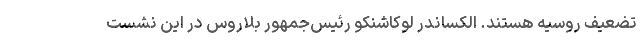
تضعیف روسیه هستند. الکساندر لوکاشنکو رئیس‌جمهور بلاروس در این نشست